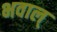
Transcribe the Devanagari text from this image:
भवाल्